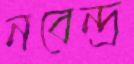
নবেন্দ্র